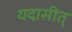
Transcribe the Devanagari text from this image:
यदासीत्